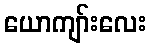
ယောကျာ်းလေး